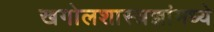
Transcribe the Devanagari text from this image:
खगोलशास्त्रज्ञांमध्ये